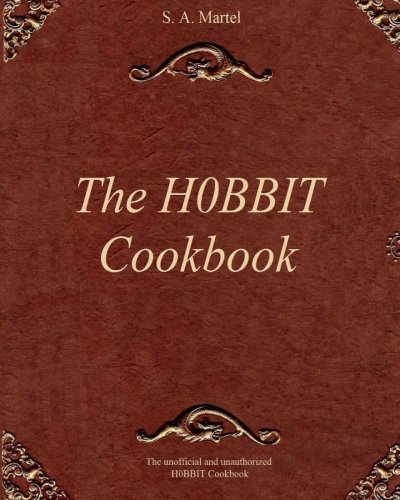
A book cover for The H0BBIT Cookbook; S. A. Martel; Children's Books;